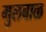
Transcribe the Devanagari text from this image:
मुलबाळ